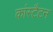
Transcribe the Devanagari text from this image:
कांस्टैटन